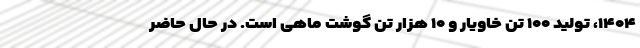
۱۴۰۴، تولید ۱۰۰ تن خاویار و ۱۰ هزار تن گوشت ماهی است. در حال حاضر